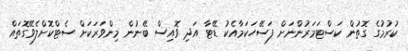
ކުރުމުގެ ގޮތުން ކަސްޓަމަރުންނަށް ފަސޭހަކަމާއެކު ޑޭޓާ އަދި ވޮއިސް ބޭނުން މިންވަރަކަށް ސެޓްކޮށްލެވޭގޮތައް